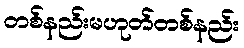
တစ်နည်းမဟုတ်တစ်နည်း